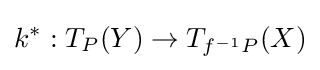
k^{*}:T_{P}(Y)\rightarrow T_{f^{-1}P}(X)